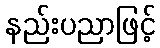
နည်းပညာဖြင့်